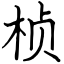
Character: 桢